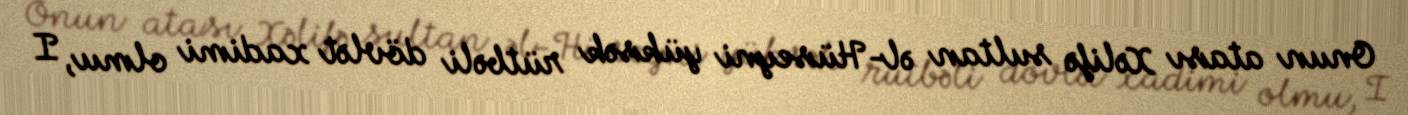
Onun atası Xəlifə sultan əl-Hüseyni yüksək rütbəli dövlət xadimi olmu, I